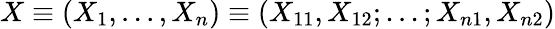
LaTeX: X\equiv(X_{1},...,X_{n})\equiv(X_{11},X_{12};...;X_{n1},X_{n2})